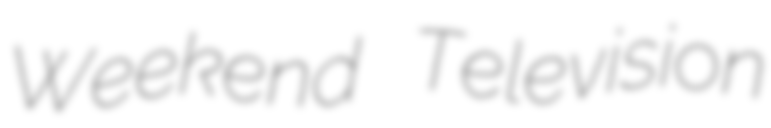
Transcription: Weekend Television